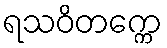
ရသဝိတက္ကေ